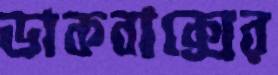
ডাকবাক্সের